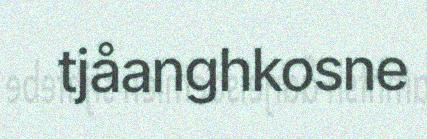
tjåanghkosne